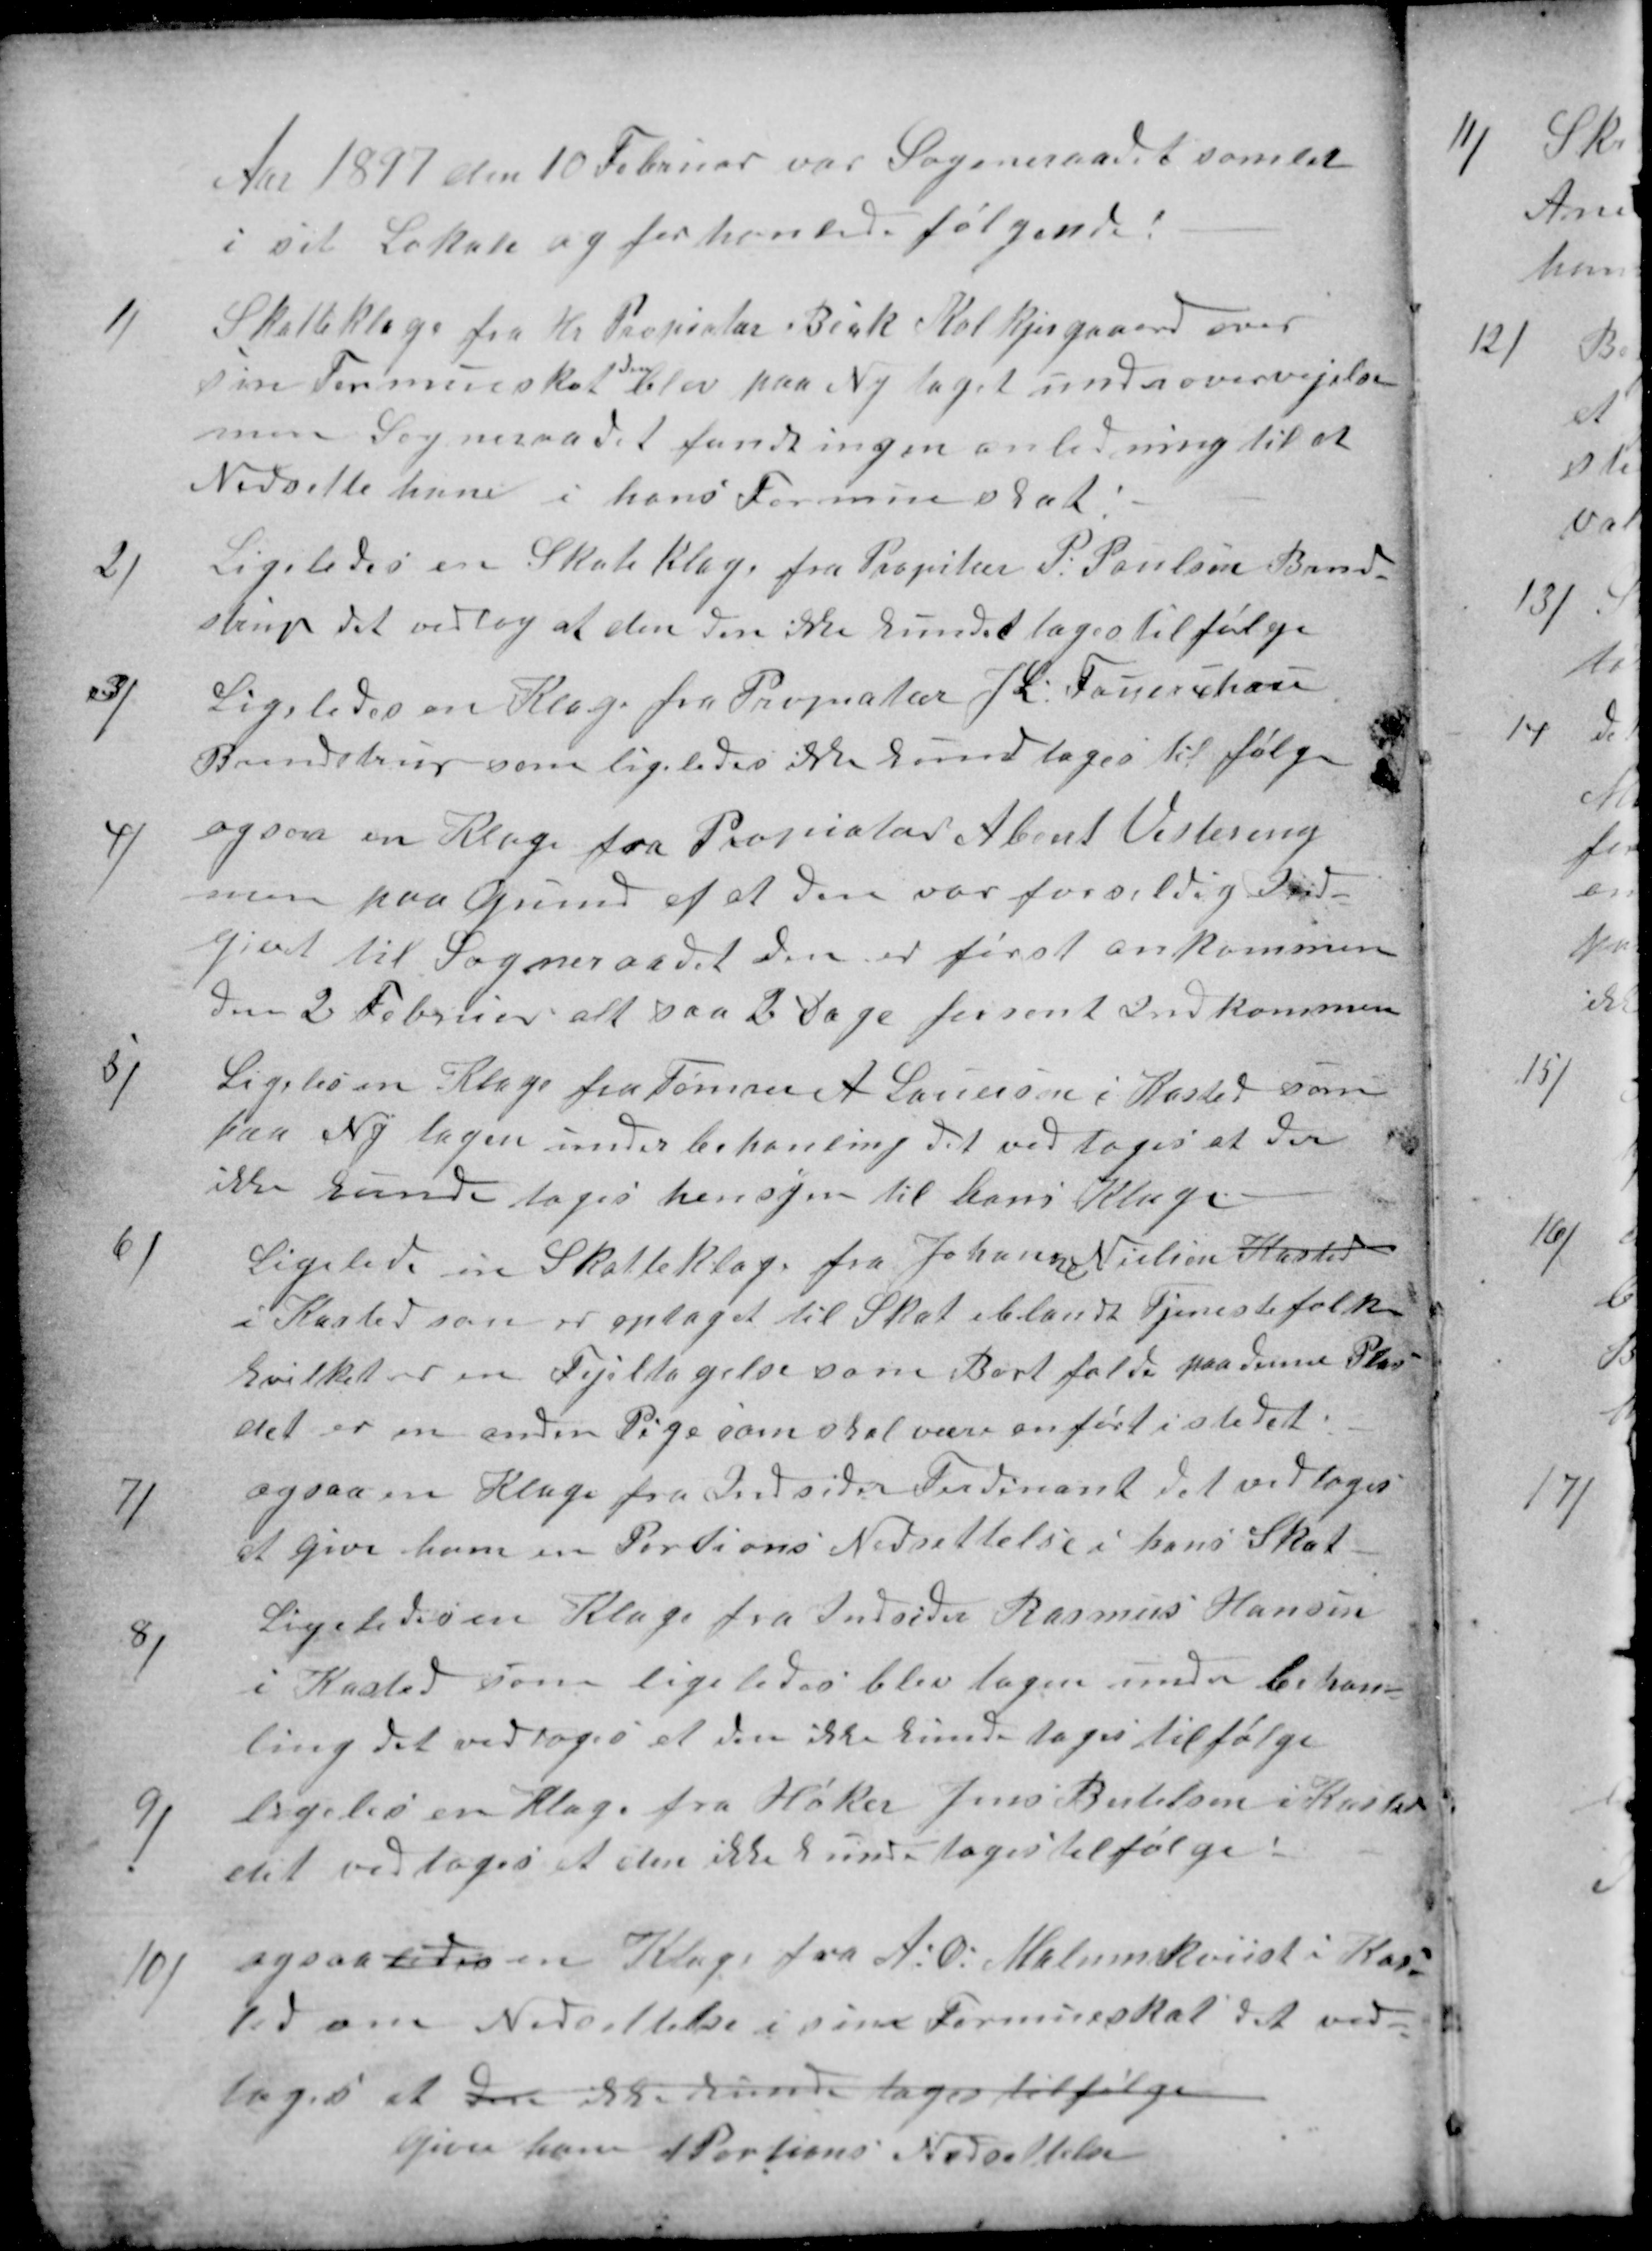
Transskription:
Aar 1897 den 10 Februar var Sogneraadet samlet
i sit Lokale og forhanlede følgende!
1)
Skatteklage fra Hr Propiatær Beck Kolkjergaard over
sin Formueskat
den
blev paa Ny taget under overvejelse
men Sogneraadet fandt ingen anledning til at
Nedsette ham i hans Formueskat!
2)
Ligeledes en Skateklage fra Propitær P: Poulsen Brend-
strup det vedtog at den den ikke kundet tages til følge
3)
Ligeledes en Klage fra Propiatær J L: Fauerchou
Brendstrup som ligeledes ikke kunde tages til følge
4)
ogsaa en Klage fra Propriatær Abert Vestereng
men paa Grund af at den var for sildig Ind-
givet til Sogneraadet den er først ankommen
den 2 Februar alt saa 2 Dage forsent Indkommen
5)
Ligeledes Klage fra Tømrer A Lauersen i Kasted som
paa Ny tagen under behanling det vedtoges at der
ikke kunde tages hensyn til hans Klage
6)
Ligelede en Skatteklage fra Johanne Nielsen Kasted
i Kasted som er optaget til Skat iblandt Tjenestefolkene
hvilket er en Fejltagelse som Bortfalde paa denne Plas
det er en anden Pige som skal være anført i stedet!
7)
ogsaa en Klage fra Indsider Ferdinant det vedtoges
at give ham en Portions Nedsettelse i hans Skat
8)
Ligeledes en Klage fra Indsider Rasmus Hansen
i Kasted som ligeledes blev tagen under behan-
ling det vedtoges at den ikke kunde tages til følge
9)
ligeles en Klage fra Høker Jens Bertelsen i Kasted
det vedtoges at den ikke kunde tages tilfølge!
10)
ogsaaledes en Klage fra A: Ø: Malmkviist i Kas-
ted om Nedsettelse i sine Formueskat det ved-
toges at den ikke kunde tages tilfølge
give ham 1 Portions Nedsettelse